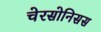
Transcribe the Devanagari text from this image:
चेरसोनिसस